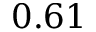
0 . 6 1